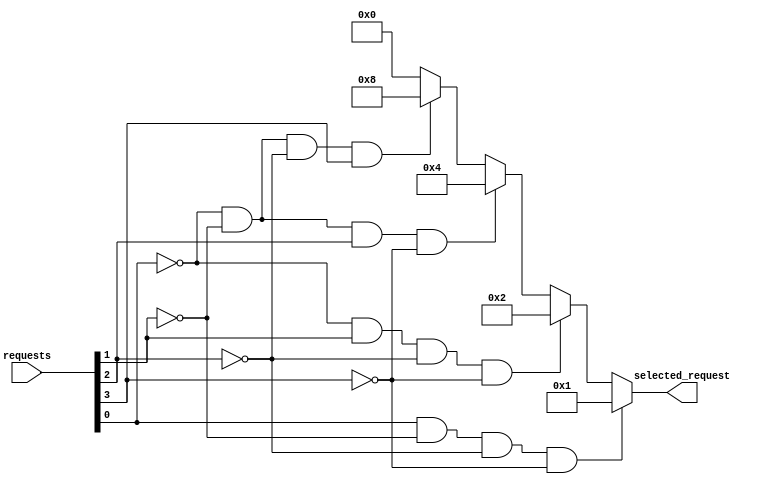
module priority_arbiter (
    input wire [3:0] requests,
    output reg [3:0] selected_request
);

always @* begin
    selected_request = 4'b0000;

    if (requests[0] && !requests[1] && !requests[2] && !requests[3]) begin
        selected_request = 4'b0001; // request 0 has highest priority
    end else if (!requests[0] && requests[1] && !requests[2] && !requests[3]) begin
        selected_request = 4'b0010; // request 1 has highest priority
    end else if (!requests[0] && !requests[1] && requests[2] && !requests[3]) begin
        selected_request = 4'b0100; // request 2 has highest priority
    end else if (!requests[0] && !requests[1] && !requests[2] && requests[3]) begin
        selected_request = 4'b1000; // request 3 has highest priority
    end
end

endmodule